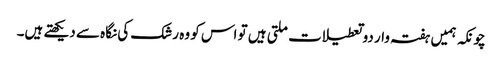
چونکہ ہمیں ہفتہ وار دو تعطیلات ملتی ہیں تو اس کو وہ رشک کی نگاہ سے دیکھتے ہیں۔